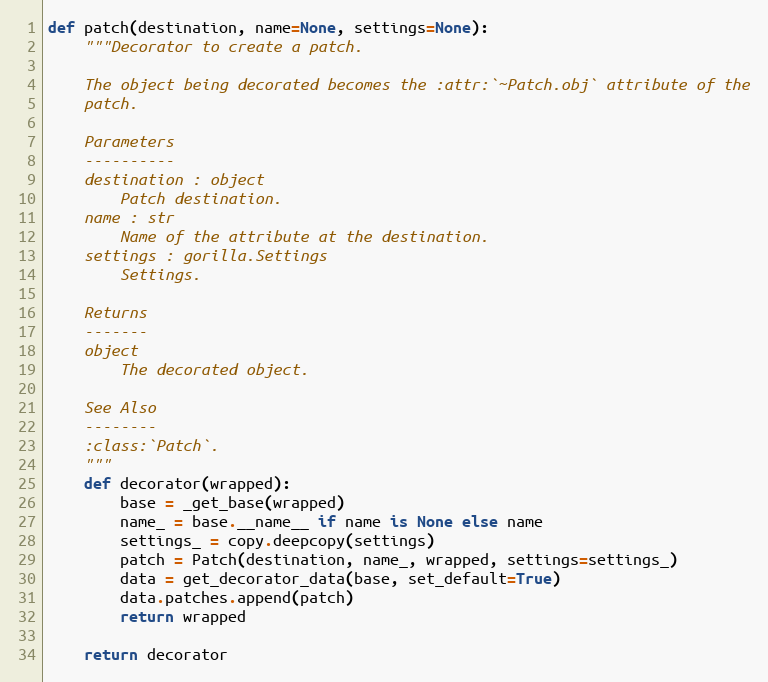
Language: Python
def patch(destination, name=None, settings=None):
    """Decorator to create a patch.

    The object being decorated becomes the :attr:`~Patch.obj` attribute of the
    patch.

    Parameters
    ----------
    destination : object
        Patch destination.
    name : str
        Name of the attribute at the destination.
    settings : gorilla.Settings
        Settings.

    Returns
    -------
    object
        The decorated object.

    See Also
    --------
    :class:`Patch`.
    """
    def decorator(wrapped):
        base = _get_base(wrapped)
        name_ = base.__name__ if name is None else name
        settings_ = copy.deepcopy(settings)
        patch = Patch(destination, name_, wrapped, settings=settings_)
        data = get_decorator_data(base, set_default=True)
        data.patches.append(patch)
        return wrapped

    return decorator